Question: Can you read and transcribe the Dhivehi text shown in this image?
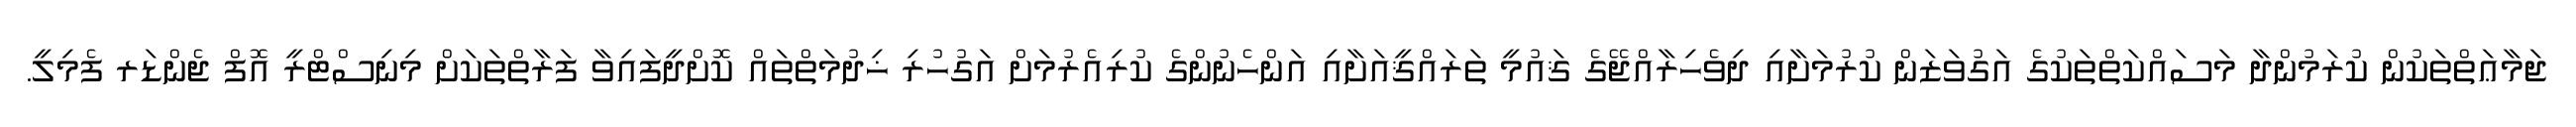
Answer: ޖަމާޢަތްތަކުން ކުރަމުންދާ މަސައްކަތްތަކުގެ އަގުވަޒަން ކުރުމަށާއި ދިވެހިރާއްޖޭގެ ޤައުމީ ތަރައްޤީއަށާއި އަންހެނުންގެ ކުރިއެރުމަށް އަގުހުރި ޚިދުމަތްތައް ކޮށްދީފައިވާ ފަރާތްތަކަށް މިނިސްޓްރީ އޮފް ޖެންޑަރ ފެމިލީ.